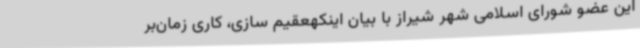
این عضو شورای اسلامی شهر شیراز با بیان اینکهعقیم‌ سازی، کاری زمان‌بر